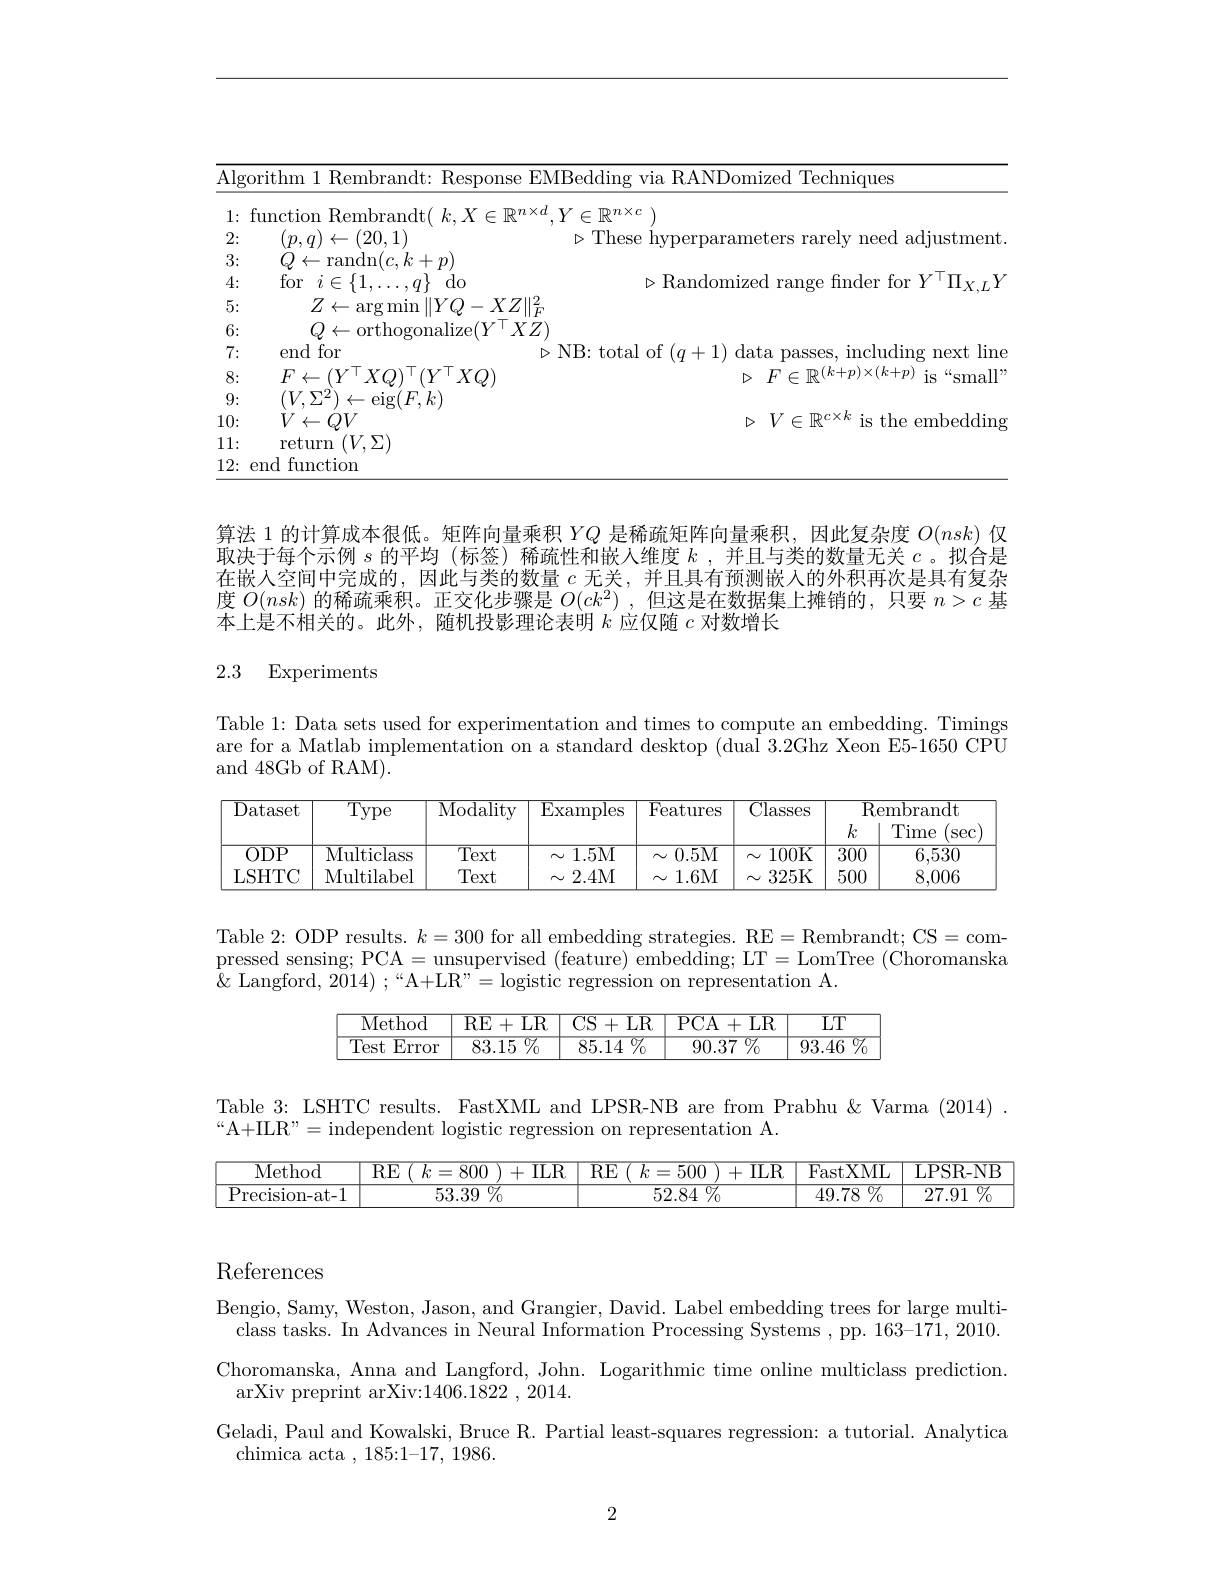
<table>
	<tbody>
		<tr>
			<td>$\overline{\mathrm{Alg}}$</td>
			<td>thm 1 Rembrandt: Response EMBedding via RANDomized Techniques</td>
		</tr>
		<tr>
			<td>1 $\bullet$ </td>
			<td>$\mathbb{T}\mathbb{P}n\times c$ $1C^{\dagger}10$</td>
		</tr>
		<tr>
			<td>2:</td>
			<td>$(p,q)\leftarrow(20,1)$ $\triangleright$These hvnerr neters rarelv need adiustment</td>
		</tr>
		<tr>
			<td>3:</td>
			<td>$Q\leftarrow$randn$(c,k+p)$</td>
		</tr>
		<tr>
			<td>4:</td>
			<td>for$i\in\{1,\ldots,q\}$do $\triangleright$Randomized range finder for $Y$ $^{1}\parallel_{\mathrm{Y}}$</td>
		</tr>
		<tr>
			<td>5: 4 1</td>
			<td>$Z\leftarrow\operatorname{argmin}\|YQ-XZ\|_{F}^{2}$</td>
		</tr>
		<tr>
			<td>6:</td>
			<td>$Q\leftarrow$orthogonalize$(Y^\top XZ)$</td>
		</tr>
		<tr>
			<td>7: ·</td>
			<td>end for $\triangleright$NB:total of$(a+1)$ data asses. including next lin</td>
		</tr>
		<tr>
			<td>8:</td>
			<td>$F\leftarrow(Y^{\mid}XQ)^{\mid}(Y^{\mid}XQ)$ $\triangleright$ $F\in \mathbb{R} ^{( k+ p) \times ( k+ p) }$ is “ small</td>
		</tr>
		<tr>
			<td>9:</td>
			<td>$(V,\Sigma^{2})\leftarrow$eig$(F,k)$</td>
		</tr>
		<tr>
			<td>10:</td>
			<td>$V\leftarrow QV$ $\triangleright V\in\mathbb{R}^{c\times k}$ is the embeddin</td>
		</tr>
		<tr>
			<td>11:</td>
			<td>return $(V,\Sigma)$</td>
		</tr>
		<tr>
			<td>12:</td>
			<td>$\textbf{l function}$</td>
		</tr>
	</tbody>
</table>

算法 1 的计算成本很低。矩阵向量乘积$YQ$是稀疏矩阵向量乘积，因此复杂度$O(nsk)$仅取决于每个示例$s$的平均 (标签) 稀疏性和嵌人维度$k$ ,并且与类的数量无关$c$ 。拟合是在嵌入空间中完成的，因此与类的数量$c$无关，并且具有预测嵌人的外积再次是具有复杂度$O(nsk)$的稀疏乘积。正交化步骤是$O(ck^2)$ ,但这是在数据集上摊销的，只要$n>c$基本上是不相关的。此外，随机投影理论表明$k$应仅随$c$对数增长

## 2.3 Experiments

Table 1: Data sets used for experimentation and times to compute an embedding. Timings are for a Matlab implementation on a standard desktop (dual 3.2Ghz Xeon E5-1650 CPU and 48Gb of RAM).

<table>
	<tbody>
		<tr>
			<td>$ODP$</td>
			<td>Multiclass</td>
			<td>Text</td>
			<td>$N$ 1.5M</td>
			<td>0.5M $N$</td>
			<td>100K $N$</td>
			<td>$\overline{300}$</td>
			<td>6,530</td>
		</tr>
		<tr>
			<td>LSHTC</td>
			<td>Multilabel</td>
			<td>Text</td>
			<td>2.4M $\sim$</td>
			<td>1.6M</td>
			<td>325K $\sim$ 1</td>
			<td>500</td>
			<td>8,006</td>
		</tr>
	</tbody>
</table>

Table 2: ODP results. $k=300$ for all embedding strategies. RE=Rembrandt; CS=com- $\begin{array}{c}\mathrm{pressed~sensing;~PCA=~unsupervised~(feature)~embedding;~LT=~LomTree~(Choromanska}\end{array}$ $\&$ Langford, 2014) ;““A+LR”=logistic regression on representation A.

<table>
	<tbody>
		<tr>
			<th>Method</th>
			<th>RE+ $LR$ = </th>
			<th>$CS$ $LR$ 5+1</th>
			<th>$PCA$ $LR$ + -</th>
			<th>$\overline{\mathrm{LT}}$</th>
		</tr>
		<tr>
			<td>Test $\overline{\text{Error}}$</td>
			<td>$83.15\%$</td>
			<td>$85.14\%$</td>
			<td>90.37 $\%$ 1</td>
			<td>${\overline{0}}7_{0}$ 93.46</td>
		</tr>
	</tbody>
</table>

Table 3: LSHTC results. FastXML and LPSR-NB are from Prabhu&Varma (2014) .
“A+ILR”=independent logistic regression on representation A.

<table>
	<tbody>
		<tr>
			<th>Method</th>
			<th>RE 1 $k=800$ 1 + ILR</th>
			<th>RE $k=$ 500 $\Pi LR$</th>
			<th>FastXML</th>
			<th>LPSR- NB</th>
		</tr>
		<tr>
			<td>$\operatorname{Precision-at-1}$</td>
			<td>$\overline{\%}_{0}$ 53.39</td>
			<td>$\overline{52.84\%}$</td>
			<td>$\overline{49.78\:\%}$</td>
			<td>${\overline{0}}7_{0}$ 27.91</td>
		</tr>
	</tbody>
</table>

# References

Bengio, Samy, Weston, Jason, and Grangier, David. Label embedding trees for large multiclass tasks. In Advances in Neural Information Processing Systems , pp. 163-171, 2010. Choromanska, Anna and Langford, John. Logarithmic time online multiclass prediction.
arXiv preprint arXiv:1406.1822 , 2014.
Geladi, Paul and Kowalski, Bruce R. Partial least-squares regression: a tutorial. Analytica
chimica acta ,185{:}1-17,1986.

2